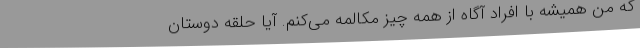
که من همیشه با افراد آگاه از همه چیز مکالمه می‌کنم. آیا حلقه دوستان